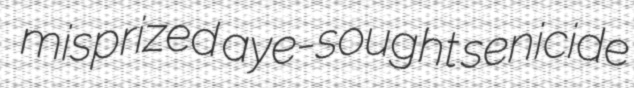
misprized aye-sought senicide